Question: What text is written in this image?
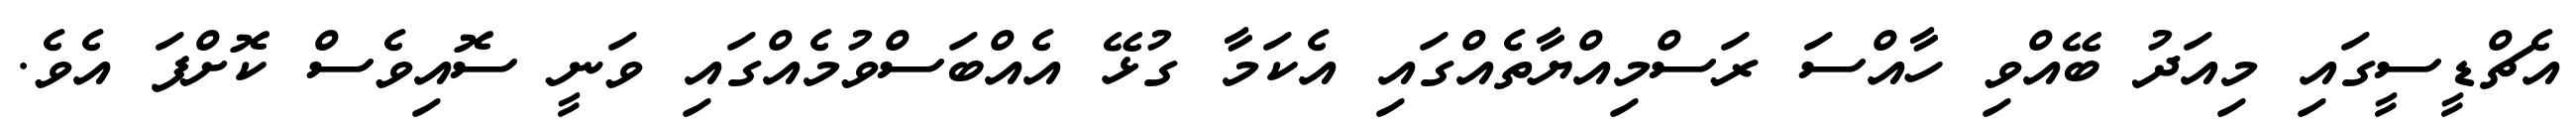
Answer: އެޗްޑީސީގައި މިއަދު ބޭއްވި ހާއްސަ ރަސްމިއްޔާތެއްގައި އެކަމާ ގުޅޭ އެއްބަސްވުމެއްގައި ވަނީ ސޮއިވެސް ކޮށްފަ އެވެ.